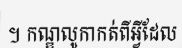
។ កណ្ឌលូកាកត់ពីអ្វីដែល